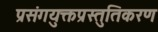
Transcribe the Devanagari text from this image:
प्रसंगयुक्तप्रस्तुतिकरण